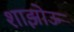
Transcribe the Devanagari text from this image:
शाझोऊ